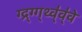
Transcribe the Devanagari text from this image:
ग्द्र्ग्ग्थ्व्॑व्॑वे